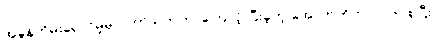
အခွန်တိမ်းရှောင်မှုမှာ ပတ်သက်တာကြောင့် ပြီးခဲ့တဲ့ အောက်တိုဘာလက စပြီး